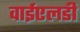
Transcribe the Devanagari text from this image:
वाईएलडी